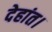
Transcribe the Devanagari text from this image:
देहांत।